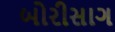
બોરીસાગ